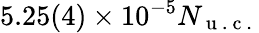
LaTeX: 5.25(4)\times 10^{-5}N_{\mathrm{~u~.~c~.~}}